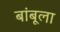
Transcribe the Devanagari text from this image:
बांबूला